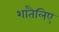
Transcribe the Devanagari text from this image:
शातैलिए